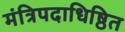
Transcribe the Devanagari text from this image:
मंत्रिपदाधिष्ठित